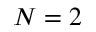
N = 2